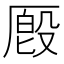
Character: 𪠔